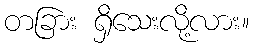
တခြား ရှိသေးလို့လား။